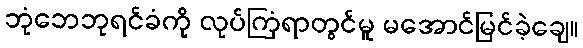
ဘုံဘေဘုရင်ခံကို လုပ်ကြံရာတွင်မူ မအောင်မြင်ခဲ့ချေ။